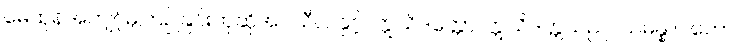
မေထုန်အကျင့်မှကြဉ်ခြင်းဟုဆိုအပ်သီလနှင့်။ ဣသိဒတ္တော၊ ဣသိဒတ္တသည်။ သမန္နာဂတော၊